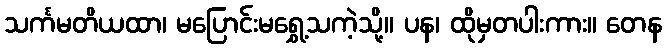
သင်္ကမတိယထာ၊ မပြောင်းမရွှေ့သကဲ့သို့။ ပန၊ ထိုမှတပါးကား။ တေန